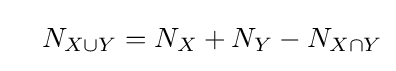
{\begin{aligned}&&N_{X\cup Y}&=N_{X}+N_{Y}-N_{X\cap Y}\\\end{aligned}}